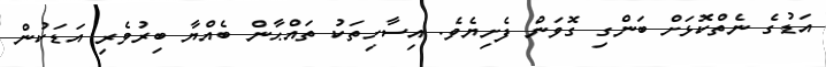
އަޑުގެ ނެތްކޮޅަށް ބަންގި ގޮވަން ފެށިޔެވެ. އިސާހިތަކު ތައްޙާން ބެއްޔާ ބިރުވެރި އަޑަކުން